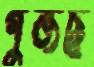
গুঁজছ